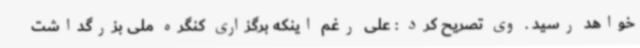
خواهد رسید . وی تصریح کرد : علی رغم اینکه برگزاری کنگره ملی بزرگداشت